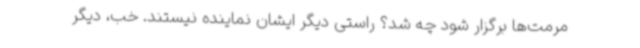
مرمت‌ها برگزار شود چه شد؟ راستی دیگر ایشان نماینده نیستند. خب، دیگر